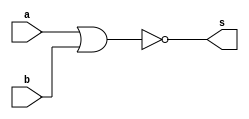
//-----------------------------
// Nome: Caio Ragacci Pimentel
// Matrcula: 405794
//-----------------------------

//-----------------------------
//------ GUIA 02 - 02----------
//-----------------------------


module portaNOR (s, a, b);
	
	output s;
	input  a, b;
	
	assign s = ~(a | b);
	
endmodule // fim portaNOR


module testeportaNAND ;

	reg  a ,b;
	wire s1 ,s2, s3, s4;
	
	portaNOR NOR1(s1 ,a ,a);
	portaNOR NOR2(s2, b ,b);
	portaNOR NOR3(s3 ,s1,s2);
	portaNOR NOR4(s4 ,s3,s3);
	
	//programa
	
	initial begin 
	
		$display("\n Guia 02 - Caio Ragacci Pimentel - 405794 ");
		$display("\n Tabela - Verdade da Porta NAND");
		$display("\n ~(A & B) = S\n");
		
		
	#1	a = 0; b = 0;	
		$monitor(" ~(%b & %b) = %b", a, b, s4);	
	#1	a = 0; b = 1;
	
	#1	a = 1; b = 0;
	
	#1	a = 1; b = 1;
			
	end

endmodule // fim testeportaNAND